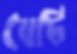
যেটি